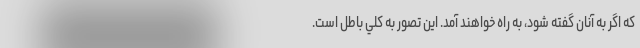
كه اگر به آنان گفته شود، به راه خواهند آمد. اين تصور به كلي باطل است.